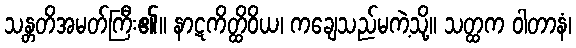
သန္တတိအမတ်ကြီး၏။ နာဋကိတ္ထိဝိယ၊ ကချေသည်မကဲ့သို့။ သတ္ထက ဝါတာနံ၊